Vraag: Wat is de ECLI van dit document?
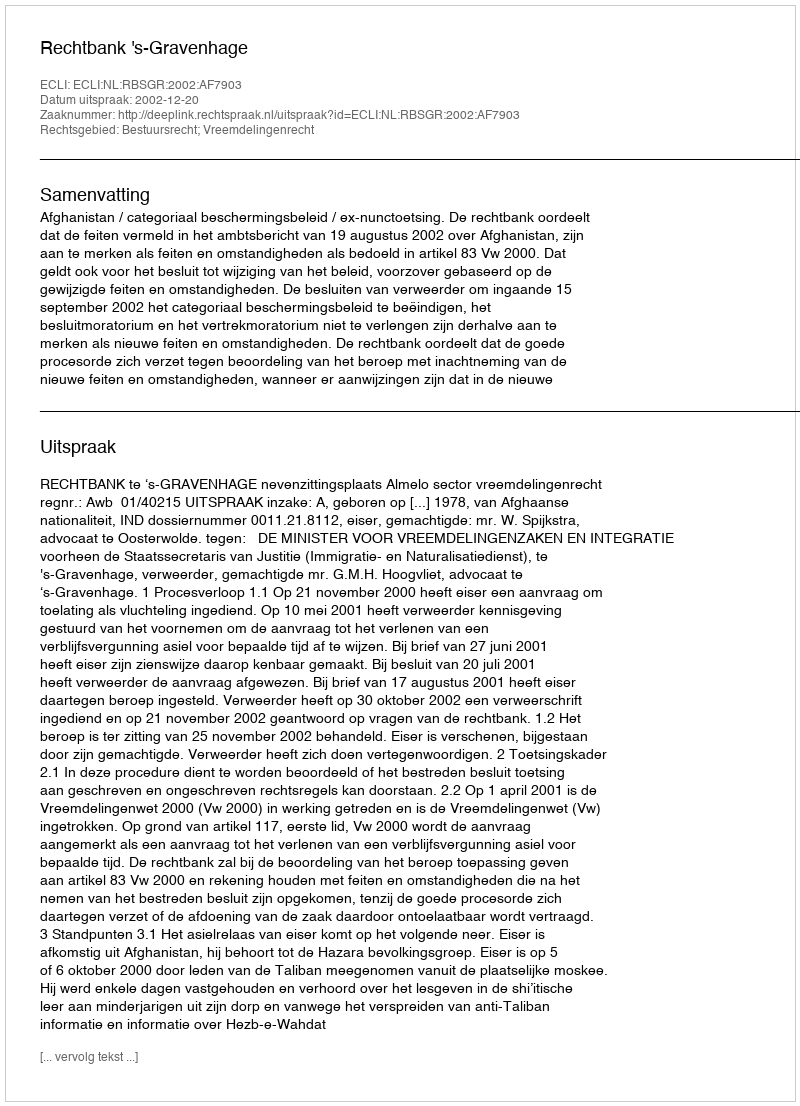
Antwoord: ECLI:NL:RBSGR:2002:AF7903